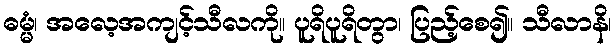
ဓမ္မံ၊ အလေ့အကျင့်သီလကို။ ပူရိပူရိတွာ၊ ပြည့်စေ၍။ သီလာနိ၊